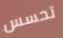
تحسس